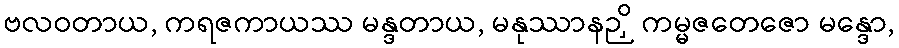
ဗလဝတာယ, ကရဇကာယဿ မန္ဒတာယ, မနုဿာနဉှိ ကမ္မဇတေဇော မန္ဒော,